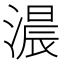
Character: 𮳐